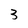
Character: 3